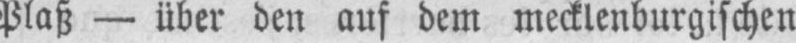
Plaß - über den auf dem mecklenburgischen